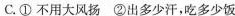
C.①不用大风扬 ②出多少汗，吃多少饭